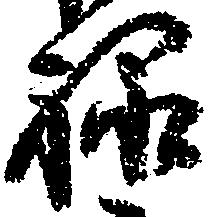
禄